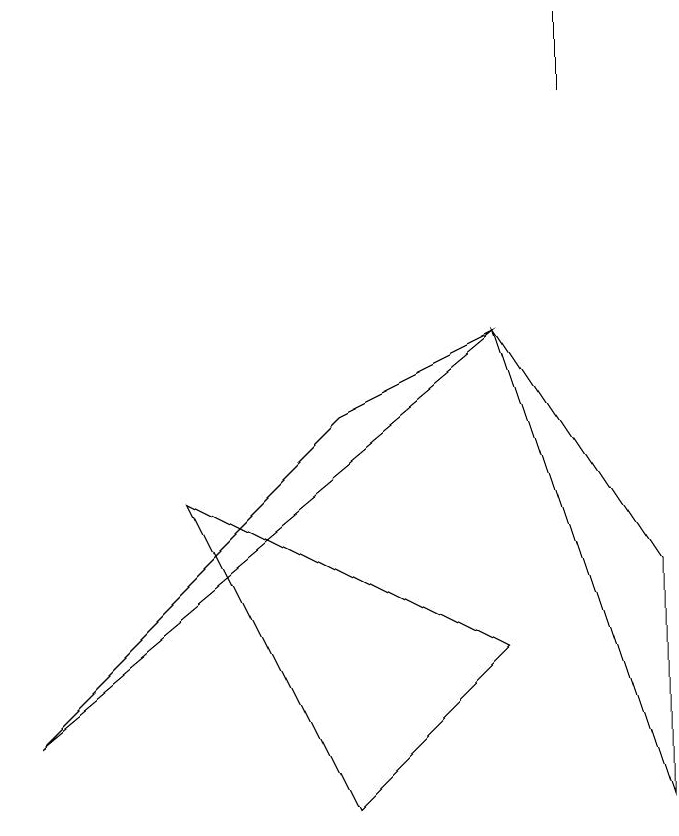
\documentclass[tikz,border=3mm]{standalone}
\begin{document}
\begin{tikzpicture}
\draw (7,12) rectangle (7,13);
\draw (4,8) -- (6,9) -- (0,4) -- cycle;
\draw (6,9) -- (8,3) -- (8,6) -- cycle;
\draw (4,3) -- (2,7) -- (6,5) -- cycle;
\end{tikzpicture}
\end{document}